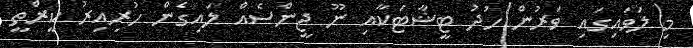
މި ލަވައިގައި ވަރުން ހުދު ޓީޝާޓަކާއި ނޫ ޖީންސެއް ލައިގެން ހުރިއިރު ކީރްތީ